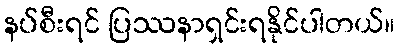
နပ်စီးရင် ပြဿနာရှင်းရနိုင်ပါတယ်။